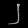
Digit: ၂